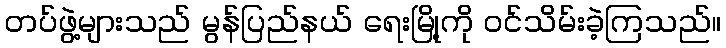
တပ်ဖွဲ့များသည် မွန်ပြည်နယ် ရေးမြို့ကို ဝင်သိမ်းခဲ့ကြသည်။